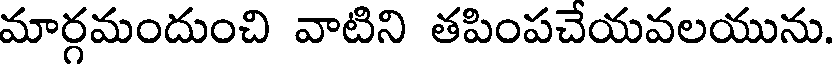
మార్గమందుంచి వాటిని తపింపచేయవలయును.